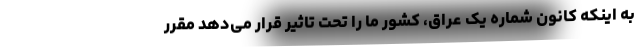
به اینکه کانون شماره یک عراق، کشور ما را تحت تاثیر قرار می‌دهد مقرر